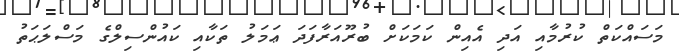
މަސައްކަތް ކުރުމާއި އަދި އެއިން ކަމަކަށް ބުރޫއަރާފަދަ ޢަމަލު ތަކާއި ކައުންސިލްގެ މަސްލަޙަތު